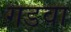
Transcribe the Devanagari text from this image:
गडवा